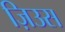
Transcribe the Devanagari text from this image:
ज़िउस